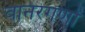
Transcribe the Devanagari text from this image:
वानरगणों